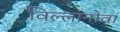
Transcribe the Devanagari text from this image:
विल्लानोवा